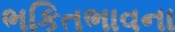
ભકિતભાવના